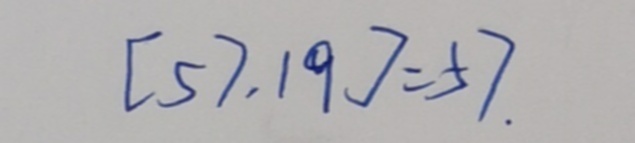
[ 5 7 , 1 9 ] = 5 7 .